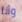
وأنا